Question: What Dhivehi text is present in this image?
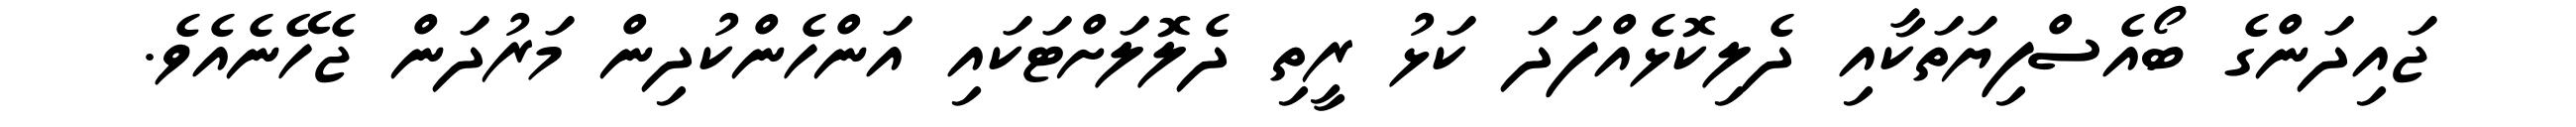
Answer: ޖައިދަންގެ ބޯއެސްފިޔަތަކާއި ދެލިކޮޅެއްފަދަ ކަޅު ރީތި ދެލޮލަށްޓަކައި އަންހެންކުދިން މަރުދަން ޖެހޭނެއެވެ.